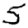
Digit: 5